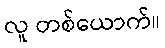
လူ တစ်ယောက်။